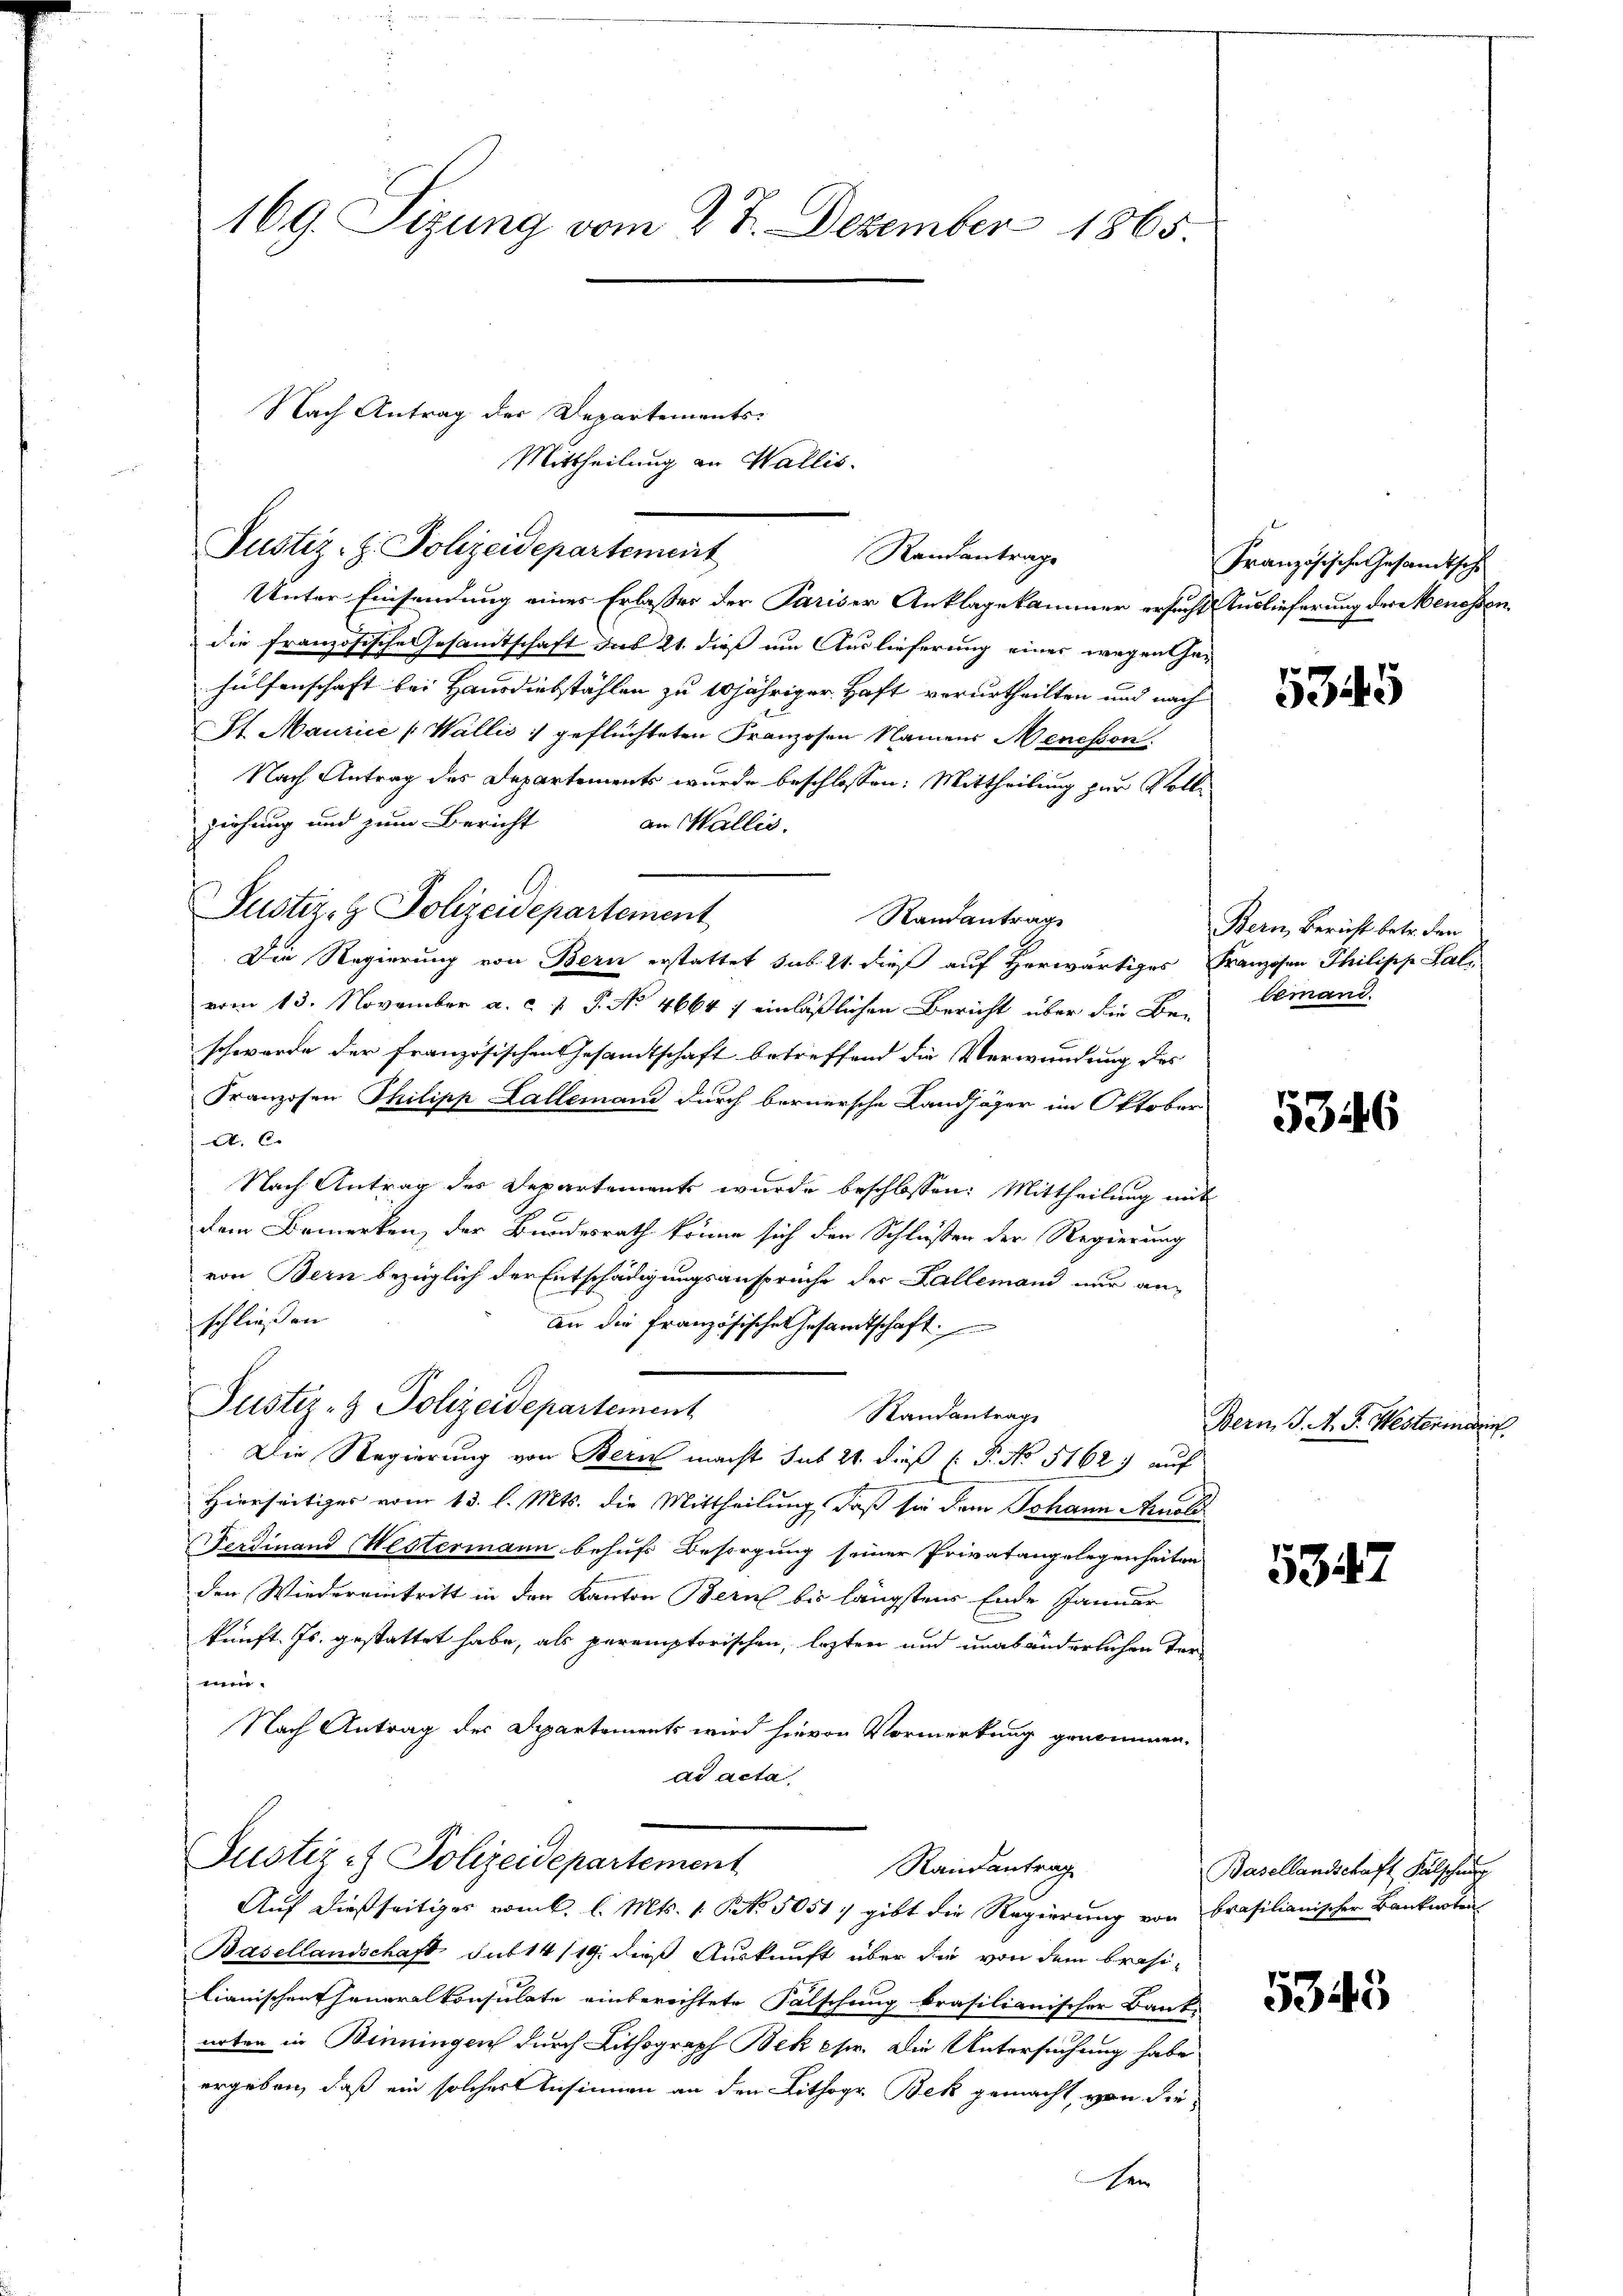
169. Sizung vom 27. Dezember 1865.

Nach Antrag der Departements-
Justiz- & Polizeidepartement

Justiz- & Polizeidepartement

Mittheilung an Wallis.
Unter Einsendung eines Erlasser der Pariser Anklagekammer ersucht
die französische Gesamtschaft das 21. dieß um Auslieferung eines wegen Gehülfenschaft bei Hausdiebstählen zu 10jähriger Haft verurtheilten und nach
St. Maurice [Wallis :/ geflüchteten Franzosen Namens Menepon
Nach Antrag des Departements wurde beschlossen: Mittheilung zur Voll
ziehung und zum Bericht
an Wallis.
Randantrag
Die Regierung von Bern erstattet sub. 21. dieß auf herwärtiges
vom 13. November a. c. 1 P. No 4664 7 einläßlichen Bericht über die Be- lemand.
schwerde der französischen Gesandtschaft betreffend die Verwundung des
Franzosen Thilipp Lallemand durch bernersche Landjäger im Oktober
A. C.
Nach Antrag des Departement wurde beschlossen: Mittheilung mi
dem Bemerken, der Bundesrath könne sich den Schlüßen der Regierung
von Bern bezüglich der Entschädigungsansprüche der Fallemand nur an-
schließen
an die Französische Gesamtschaft
Justiz- & Polizeidepartement
Randantrag
Die Regierung von Bern macht sub 21. dieß (: P. No 5162) auf
Hierseitiges vom 13. l. Mts. die Mittheilung, daß sie dem Johann Arnol
Ferdinand Westermann behufs Besorgung seiner Privatangelegenheiten
den Wiedereintritt in den Kanton Bern bis längstens Ende Januar
kunft. Js. gestattet habe, als peremptorischen, lezten und unabänderlichen Terme.
Nach Antrag der Departements wird hievon Vormerkung genommen.
ad acta
Justiz - Polizeidepartement
Randantrag
Auf dießseitiges vom k. l. Mts. 1. Art. 5051, gibt die Regierung von
Basellandschaft sub 14/19. dieß Auskunft über die von dem Brasi-
lianischen Generalkonsulate einberechtete Falschung brasilianischer Bank-
arten in Binningen durch Lithograph Bekehr. Die Untersuchung habe
ergeben, daß ein solcher Ansinnen an den Lithogr Bek gemacht, von die
sen

Randantrage

Französische Gesandtsche
 Auslieferung der Menossen.

5345

Bern, Bericht betr. den
Franzosen Philipp Sal

5346

Bern. J. A. G. Westerierint.

5347

Basellandschaft Fälschen
brasilianischer Banknoten

5343